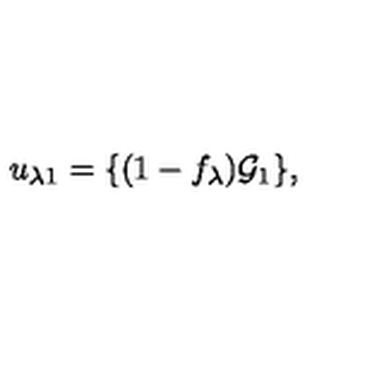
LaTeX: u _ { \lambda 1 } = \{ ( 1 - f _ { \lambda } ) { \cal G } _ { 1 } \} ,